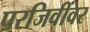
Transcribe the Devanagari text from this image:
परजिवींवर